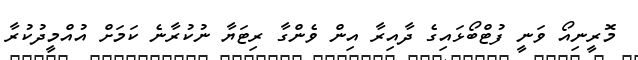
މޮރީނިއޯ ވަނީ ފުޓްބޯޅައިގެ ދާއިރާ އިން ވެންގާ ރިޓަޔާ ނުކުރާނެ ކަމަށް އުއްމީދުކުރާ